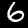
Digit: 6